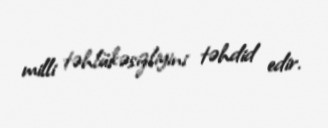
milli təhlükəsizliyini təhdid edir.